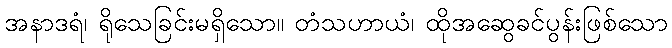
အနာဒရံ၊ ရိုသေခြင်းမရှိသော။ တံသဟာယံ၊ ထိုအဆွေခင်ပွန်းဖြစ်သော